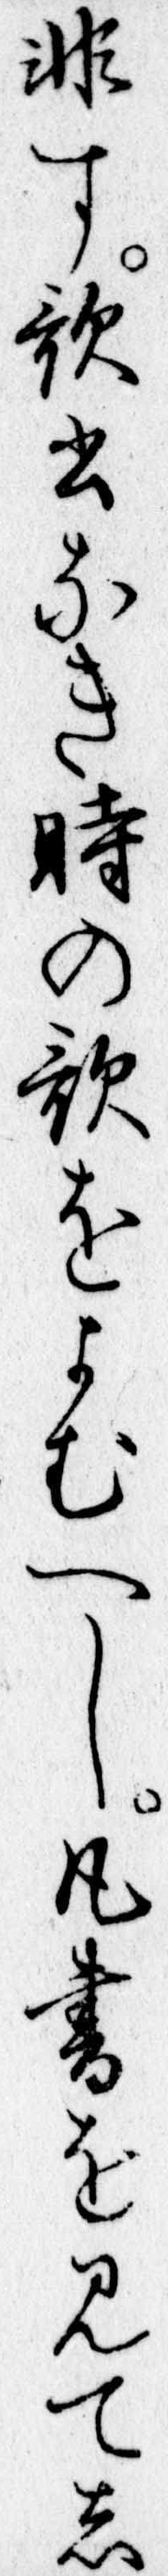
非す歌書なき時の歌をよむへし凡書を見てし